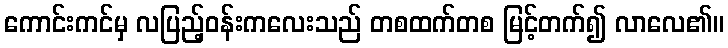
ကောင်းကင်မှ လပြည့်ဝန်းကလေးသည် တစထက်တစ မြင့်တက်၍ လာလေ၏။